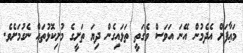
މަޢާފަށް އެދެމުން އޭނަ އަވަސް ވެގަތީ ތަޅައިގެން ދިޔަ ތަށީގެ މުށިކޮޅުތައް ނެގުމަށެވެ.